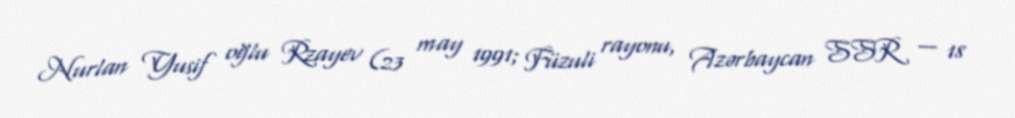
Nurlan Yusif oğlu Rzayev (23 may 1991; Füzuli rayonu, Azərbaycan SSR — 18